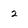
Character: 2